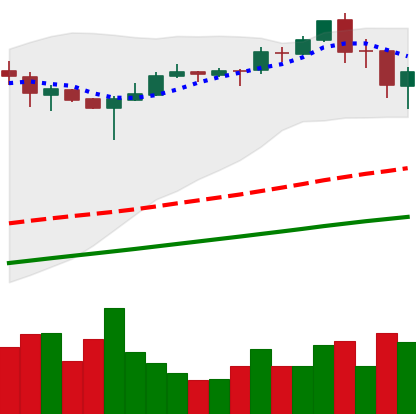
Ticker: BTC-USD
Chart end date: 2017-09-05
Forward return: -5.794%
Label: down_5_7